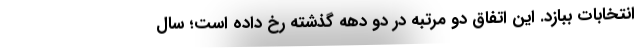
انتخابات ببازد. این اتفاق دو مرتبه در دو دهه گذشته رخ داده است؛ سال